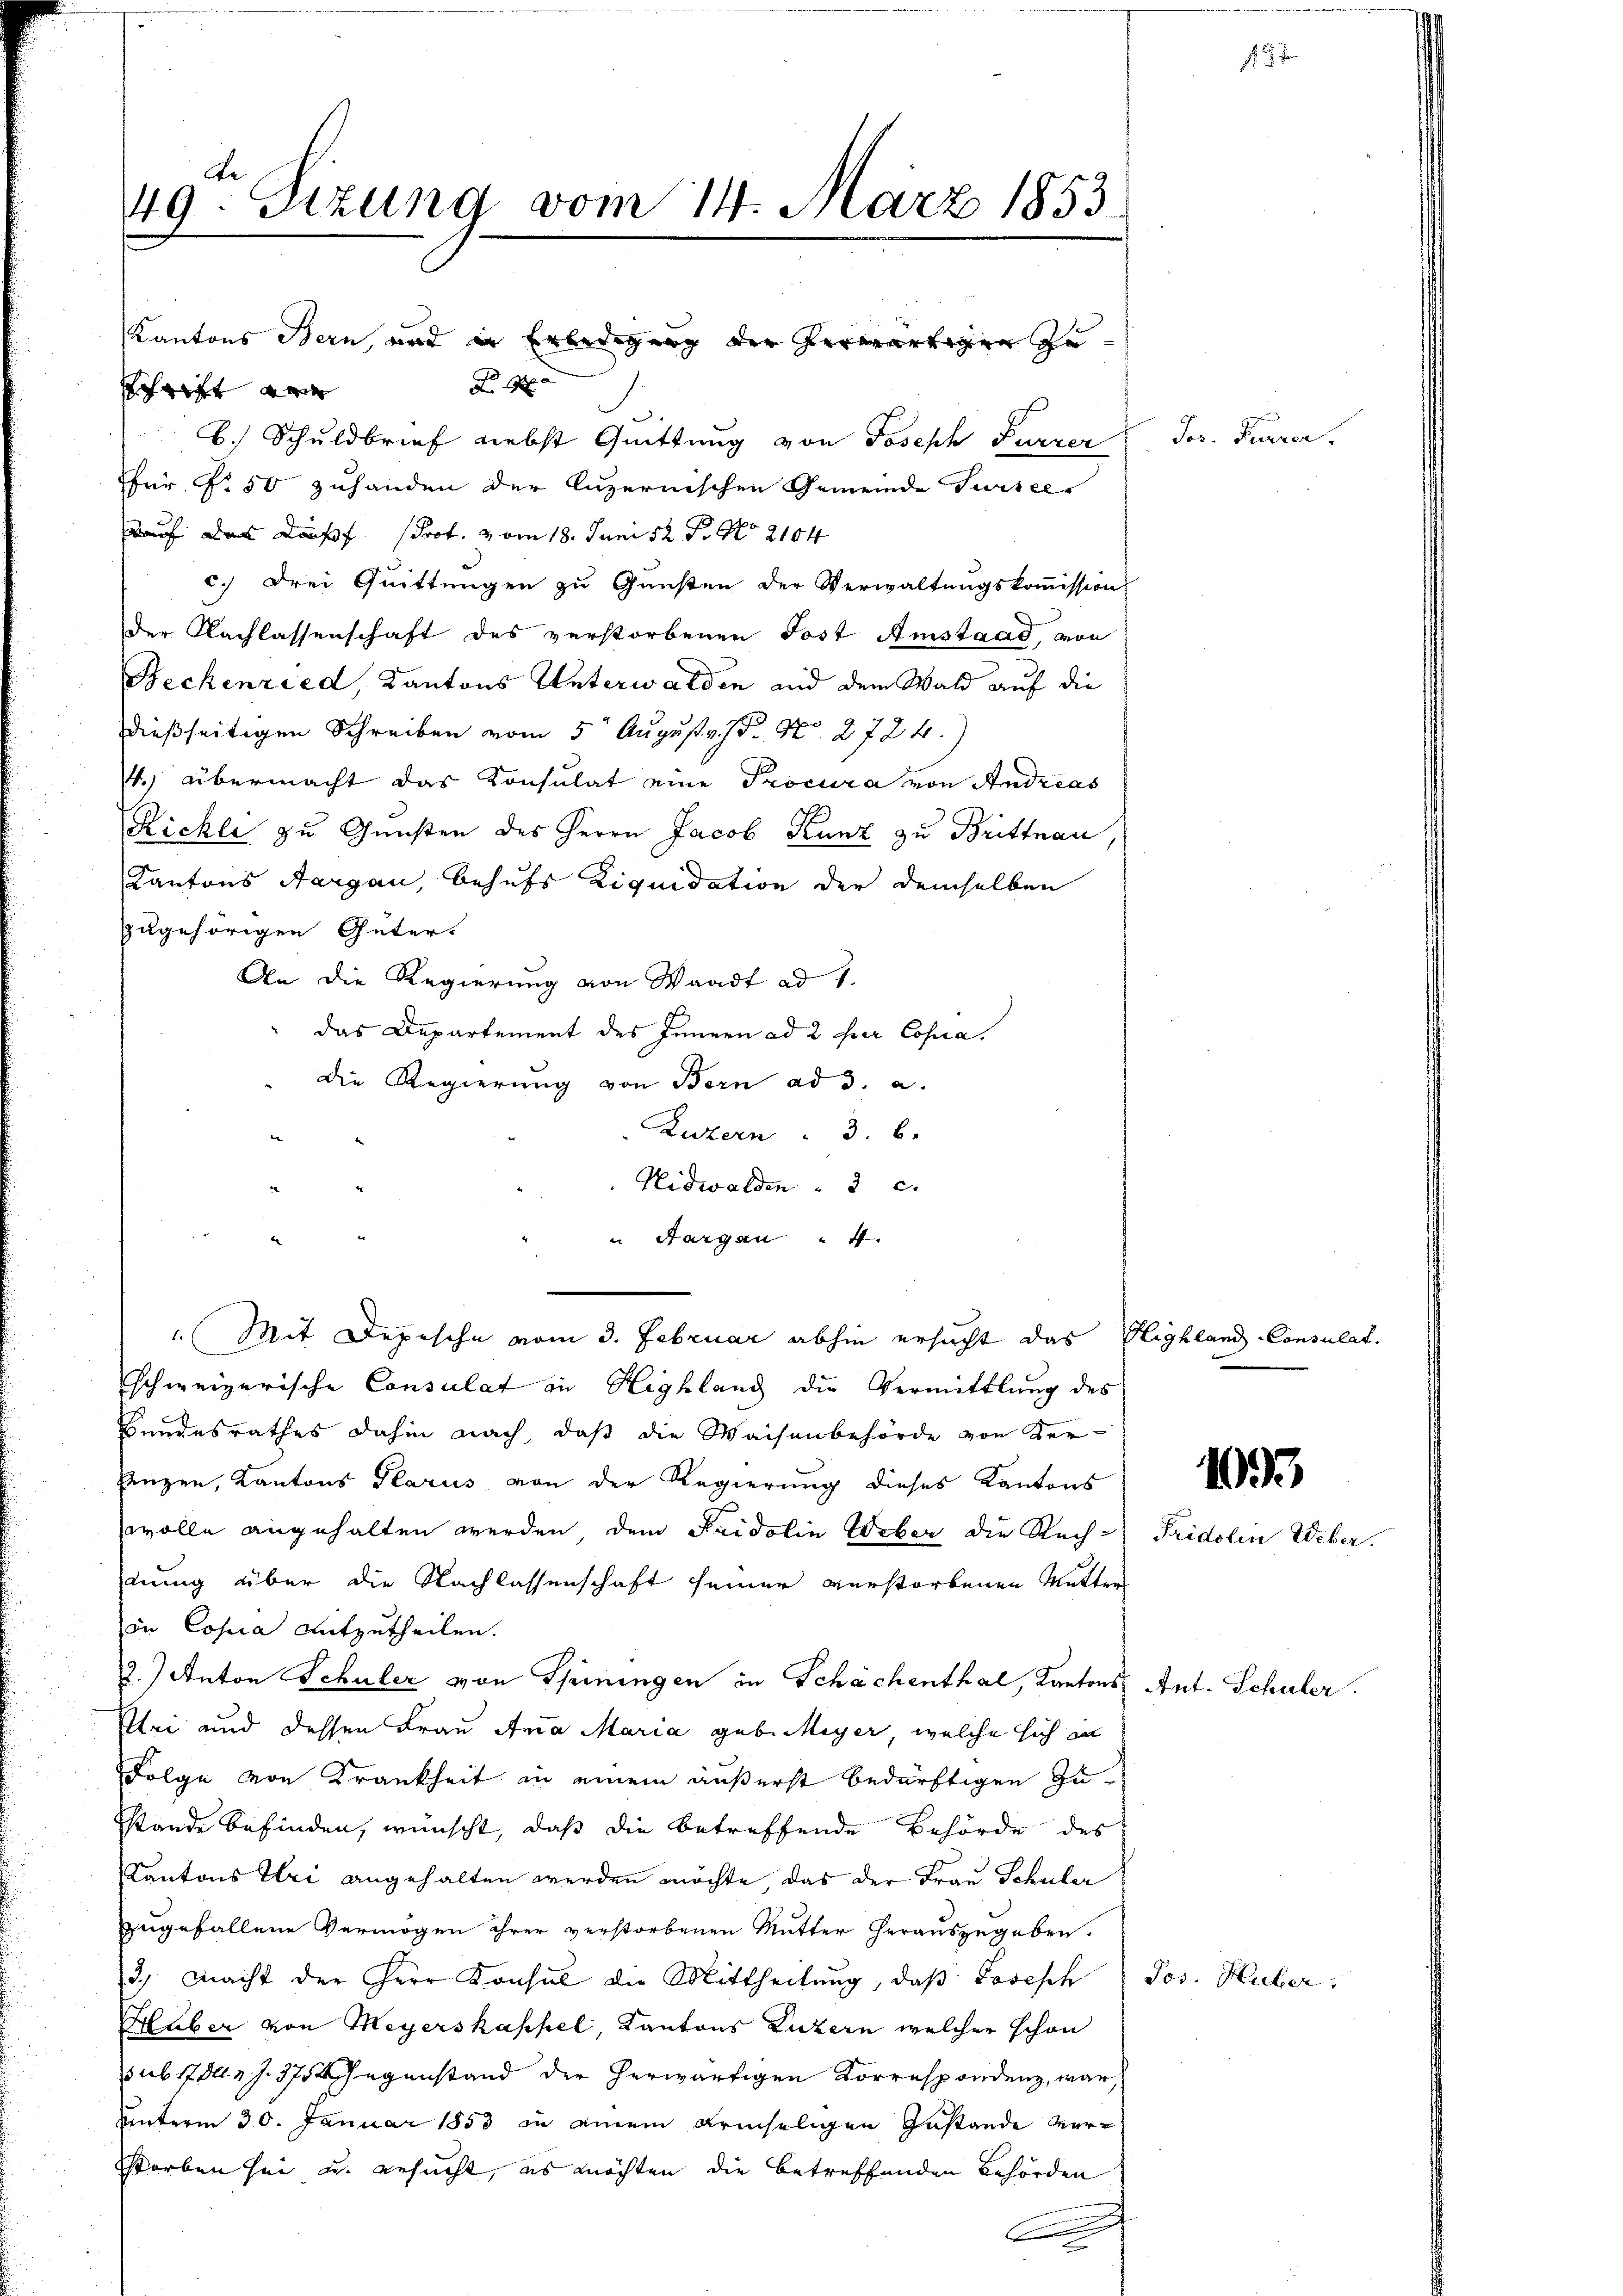
49. Sizung vom 14. März 1853.

A
hit
b. Schuldbrief nebst Quittung von Joseph Furrer
für Nr. 50 zuhanden der luzernischen Gemeinde Tursees
dauf das Das Prof. vom 18. Juni 18. No 2104
c.) drei Quittungen zu Gunsten der Verwaltungskommission
der Nachlassenschaft des verstorbenen Post Amstand, von
Beckenried, Kantons Unterwalden und dem Wald auf die
dießseitigen Schreiben vom 5t August v. J. N. 2724.
4.) übermacht das Konsulat eine Procura von Andreas
Richli zu Gunsten des Herrn Jacob Kunz zu Brittnau
Kantons Aargau, behufs Liquidation der demselben
zzugehörigen Güter.
An die Regierung von Waadt ad 1.
das Departement des Innern ad 2 her Copia.
die Regierung von Bern ad a. a.
Zuzern : 3. 6.
Nidwalden " 2 c.
" Aargau " 4.
„Mit Depesche vom 3. Februar abhin ersucht das Highland-Consulat
schweizerische Consulat in Highland die Vermittlung des
Handesrathes dahin nach, daß die Waisenbehörde von Ker¬
Zenzen, Kantons Glarus von der Regierung dieses Kantons
wolle angehalten werden, dem Fridolin Weber die Rech-
tung über die Nachlassenschaft seiner verstorbenen Mutter
in Copia aufzutheilen.
2.) Anton Schuler von Spiningen in Schächenthal, Kantons
Klei und dessen Frau Anna Maria geb. Meyer, welche sich in
Folge von Krankheit in einem äußerst bedürftigen Zustande befinden, wünscht, daß die betreffende Behörde des
Kantons Uri angehalten werden möchte, das der Frau Schuler
zugefallene Vermögen ihrer verstorbenen Mutter herauszugeben.
3., Nacht der Herr Konsul die Mittheilung, daß Losesch
Huber von Meyerskappel, Kantons Luzern welcher schon
sub 1780. v. J. 375. Gegenstand der herwärtigen Korrespondenz, war,
unterm 30. Januar 1853 in einem Krinseligen Zustande verstorben sei u. ersucht, es möchten die betreffenden Behörden
f

Kantons Bern, und in Erledigung der herwärtigen Zu¬

Jos. Furrer.

1

1093

Fridolin Weber.

Ant. Schuler

Jos. Huber.